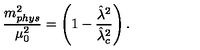
\frac { m _ { p h y s } ^ { 2 } } { \mu _ { 0 } ^ { 2 } } = \left( 1 - \frac { { { \hat { \lambda } ^ { 2 } } } } { { { \hat { \lambda } } _ { c } ^ { 2 } } } \right) .